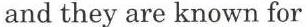
and they are known for